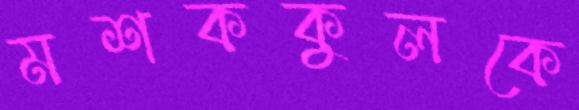
মশককুলকে